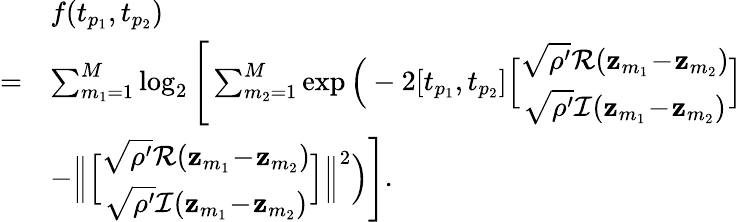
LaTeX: \begin{array}{rl}&{f(t_{p_{1}},t_{p_{2}})}\\ {=}&{\sum_{m_{1}=1}^{M}\log_{2}\Bigg[\sum_{m_{2}=1}^{M}\exp\Big(-2[t_{p_{1}},t_{p_{2}}]\Big[\begin{array}{c}{\sqrt{\rho^{\prime}}\mathcal{R}(\mathbf{z}_{m_{1}}\! -\! \mathbf{z}_{m_{2}})}\\ {\sqrt{\rho^{\prime}}\mathcal{I}(\mathbf{z}_{m_{1}}\! -\! \mathbf{z}_{m_{2}})}\end{array}\Big]}\\ &{-\Big\| \Big[\begin{array}{c}{\sqrt{\rho^{\prime}}\mathcal{R}(\mathbf{z}_{m_{1}}\! -\! \mathbf{z}_{m_{2}})}\\ {\sqrt{\rho^{\prime}}\mathcal{I}(\mathbf{z}_{m_{1}}\! -\! \mathbf{z}_{m_{2}})}\end{array}\Big]\Big\| ^{2}\Big)\Bigg].}\end{array}